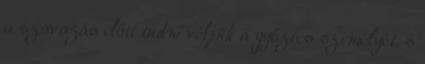
a szavazás előtt tudni véljük a győztes személyét, s